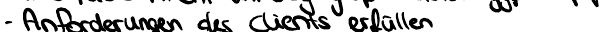
- Anforderungen des Clients erfüllen